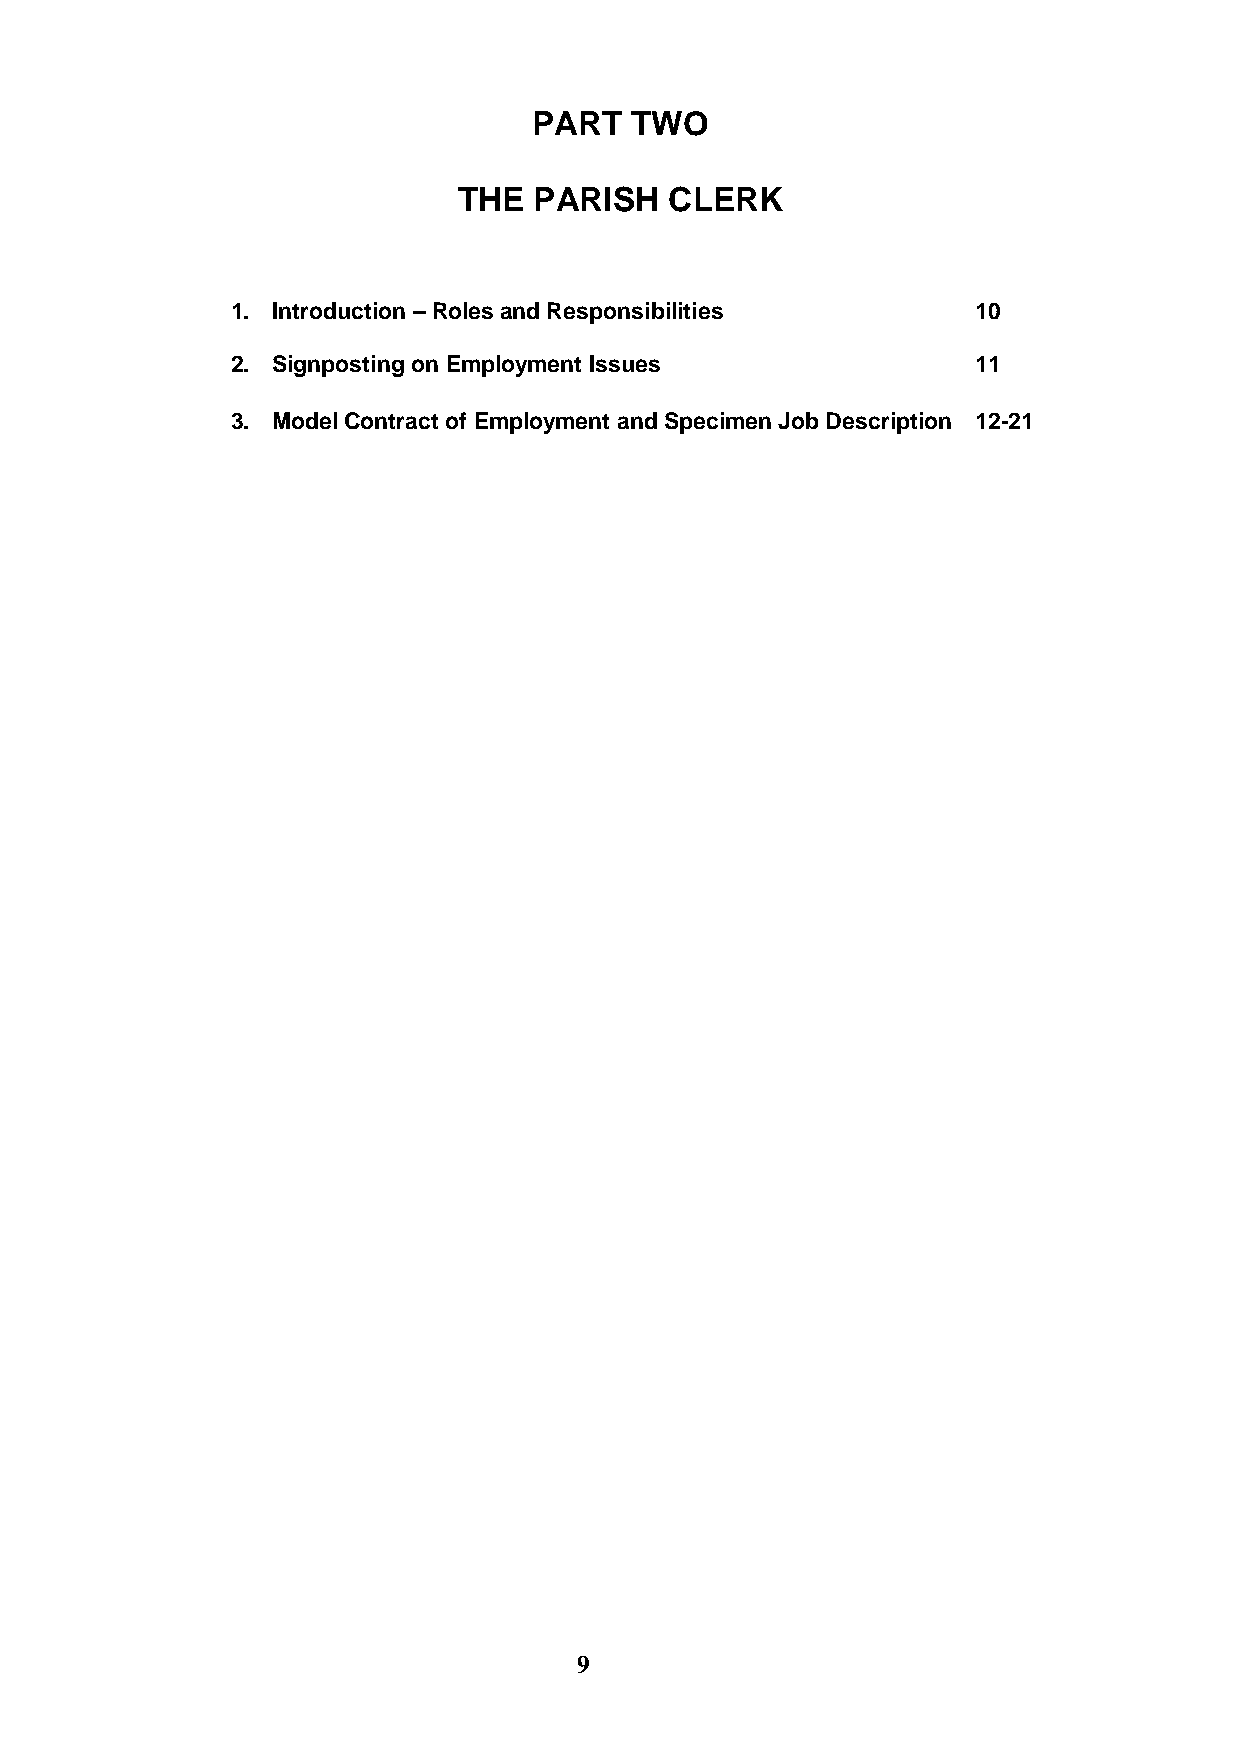
PART   TWO
 THE  PARISH   CLERK
 1. Introduction – Roles and Responsibilities      10
 2. Signposting on Employment Issues               11
 3. Model Contract of Employment and Specimen Job Description 12-21
 9